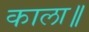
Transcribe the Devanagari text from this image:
काला॥